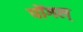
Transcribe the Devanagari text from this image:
पोंगल्